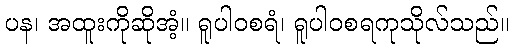
ပန၊ အထူးကိုဆိုအံ့။ ရူပါဝစရံ၊ ရူပါဝစရကုသိုလ်သည်။